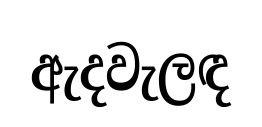
ඇදවැලඳ